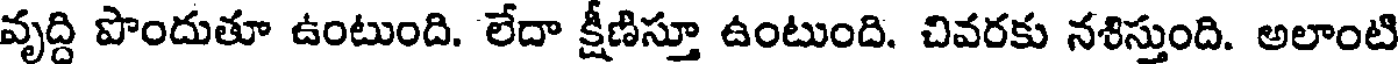
వృద్ది పొందుతూ ఉంటుంది. లేదా క్షీణిస్తూ ఉంటుంది. చివరకు నశిస్తుంది. అలాంటి